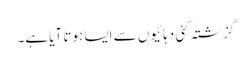
گزشتہ کئی دہائیوں سے ایسا ہوتا آیا ہے۔